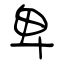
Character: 卑